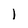
Character: 1